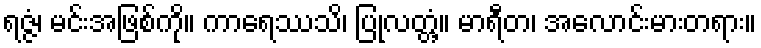
ရဇ္ဇံ၊ မင်းအဖြစ်ကို။ ကာရေဿသိ၊ ပြုလတ္တံ့။ မာရီတ၊ အလောင်းမားတရား။